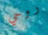
روحي